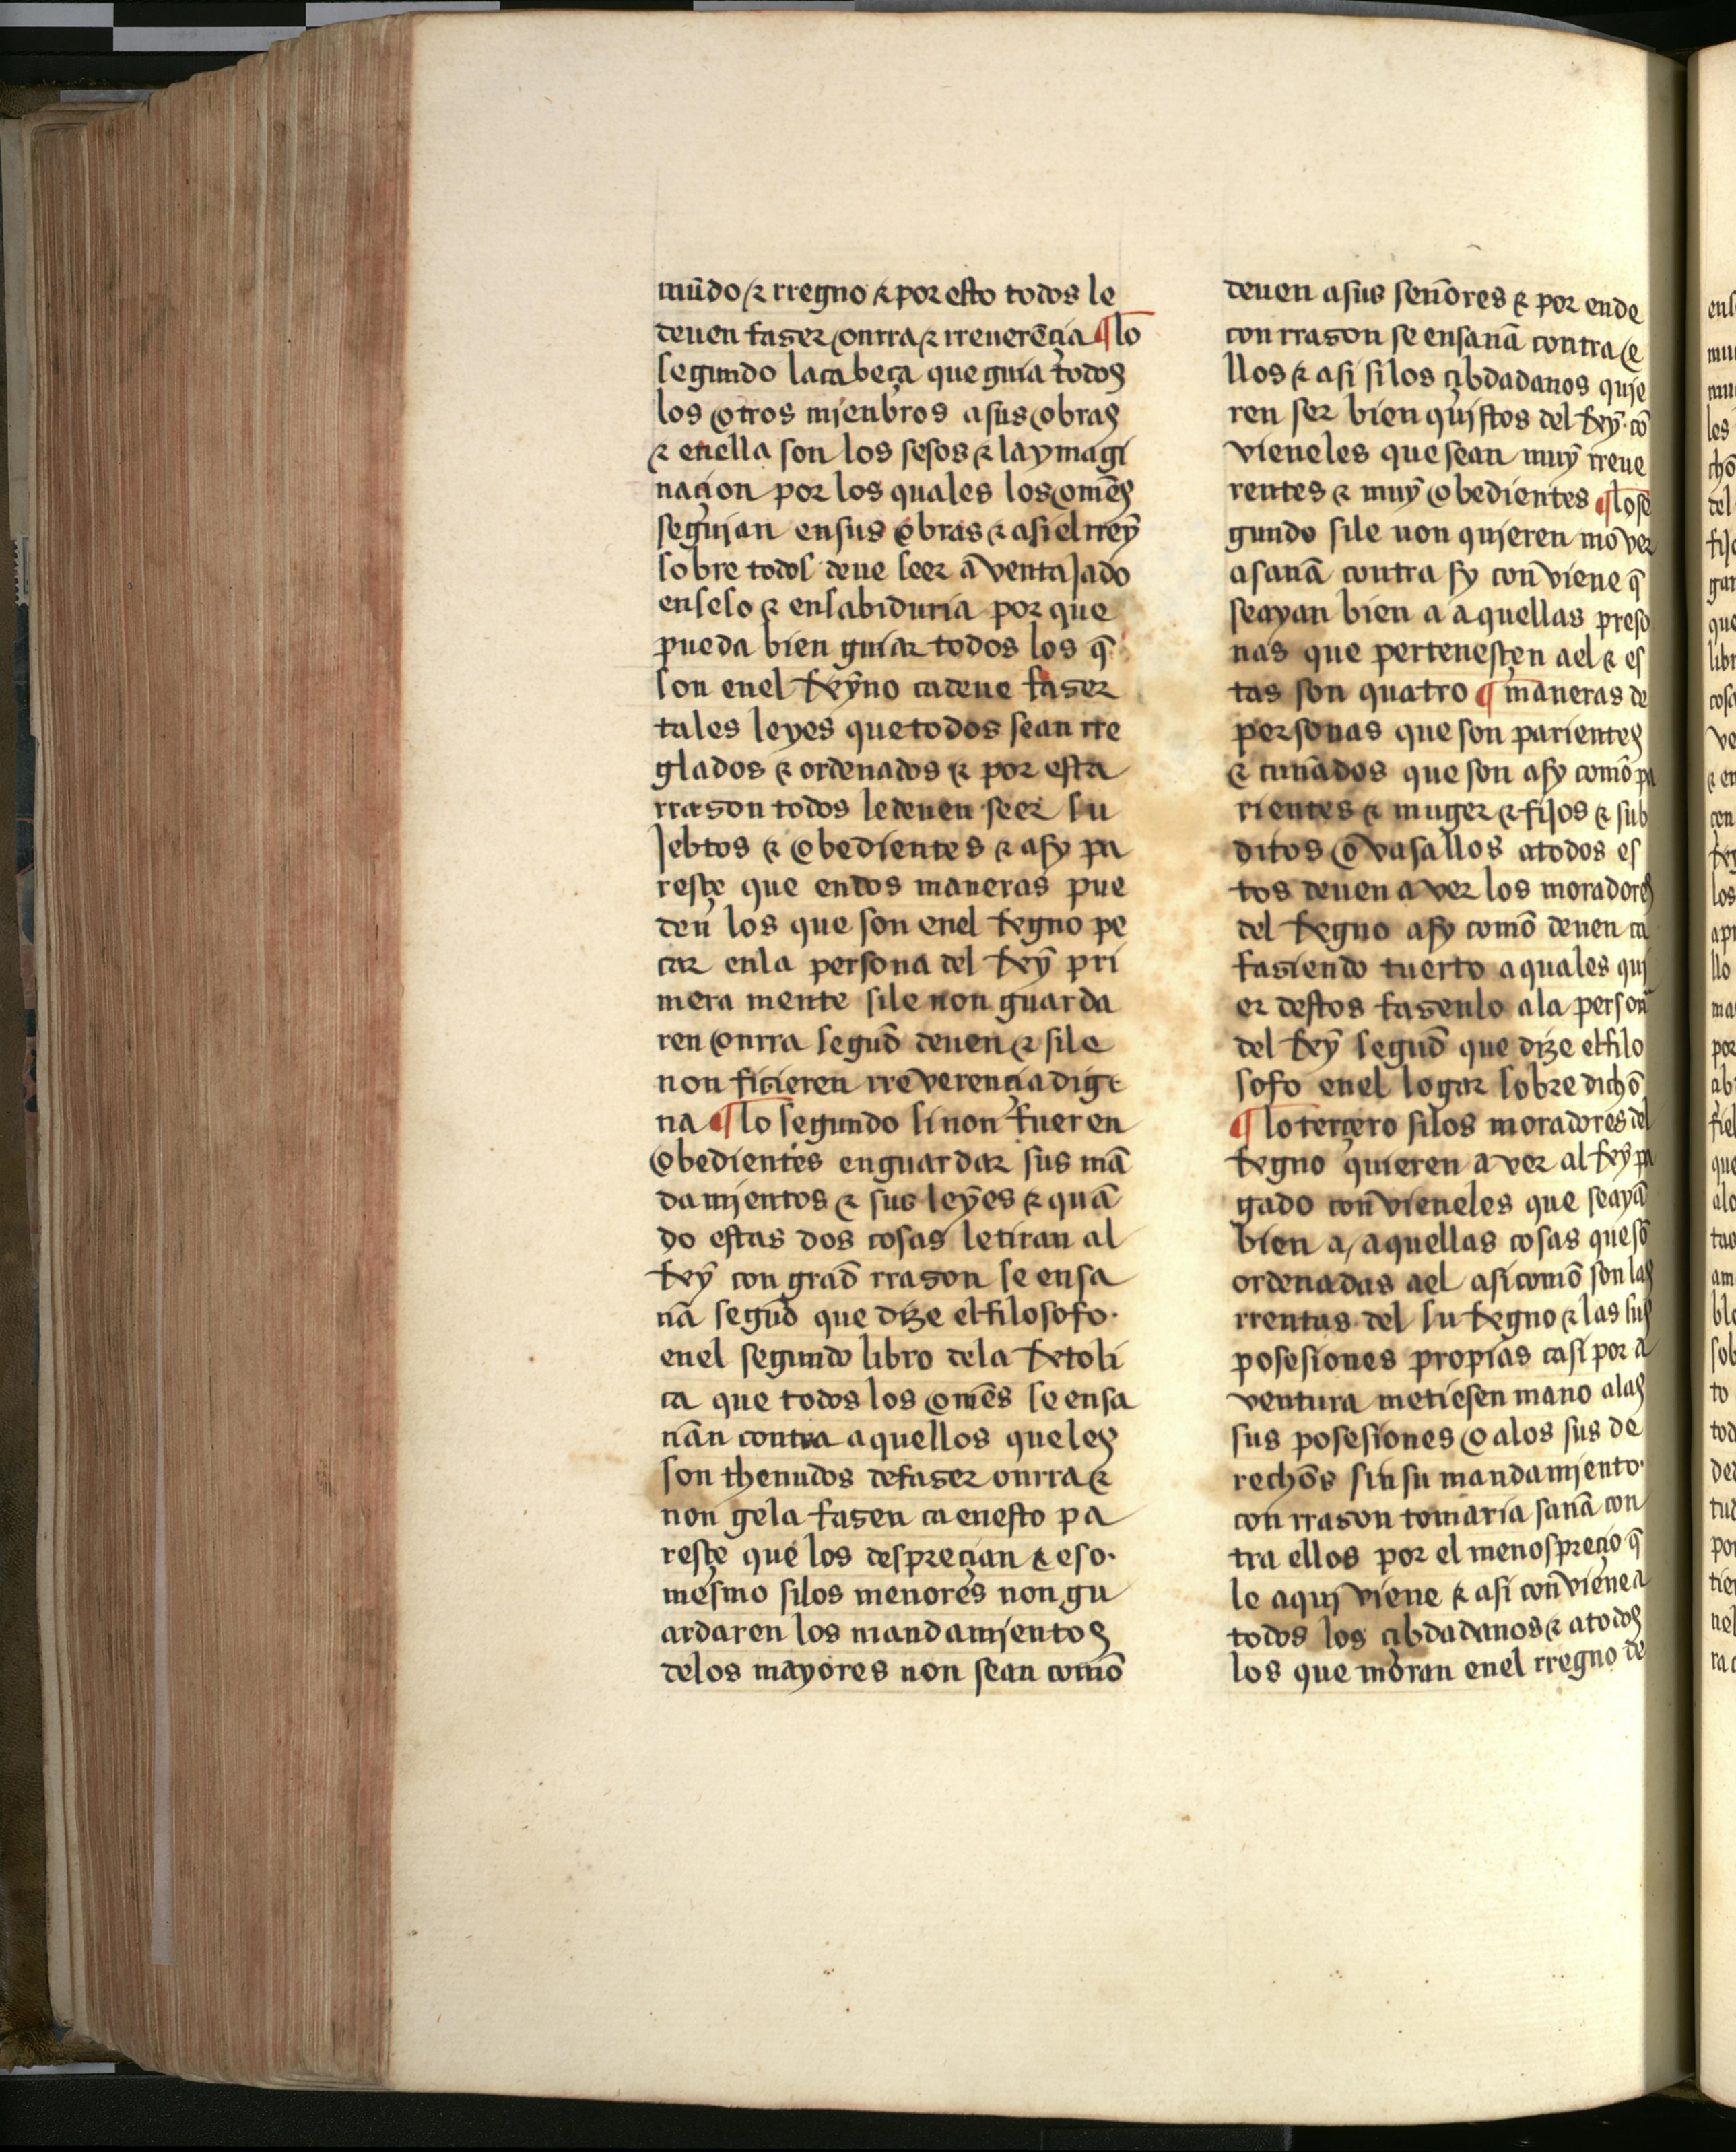
Shelfmark: Salamanca, Biblioteca Histórica USAL, 2709
Century: 15